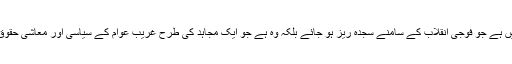
’’ایک سچا مسلمان وہ نہیں ہے جو فوجی انقلاب کے سامنے سجدہ ریز ہو جائے بلکہ وہ ہے جو ایک مجاہد کی طرح غریب عوام کے سیاسی اور معاشی حقوق کیلئے جدوجہد کرے‘‘۔